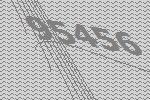
95456